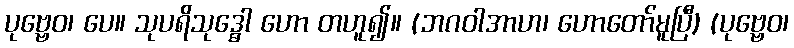
ပုဗ္ဗေဝ၊ ပေ။ သုပရိသုဒ္ဓေါ ဟော တဟူ၍။ (ဘဂဝါအာဟ၊ ဟောတော်မူပြီ) (ပုဗ္ဗေဝ၊